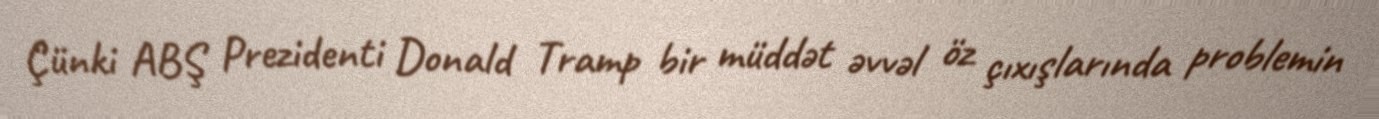
Çünki ABŞ Prezidenti Donald Tramp bir müddət əvvəl öz çıxışlarında problemin